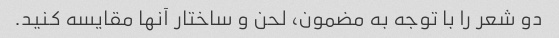
دو شعر را با توجه به مضمون، لحن و ساختار آنها مقایسه کنید.